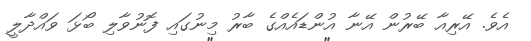
އެވެ. އޭރިއާ ބޭރުން އޭނާ އުންޑައެއްގެ ބާރު މިނުގައި ފޮނުވާލި ބޯޅަ ވައްދާލީ